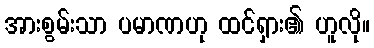
အားစွမ်းသာ ပမာဏဟု ထင်ရှား၏ ဟူလို။